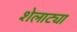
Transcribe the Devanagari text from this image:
शेलाट्या